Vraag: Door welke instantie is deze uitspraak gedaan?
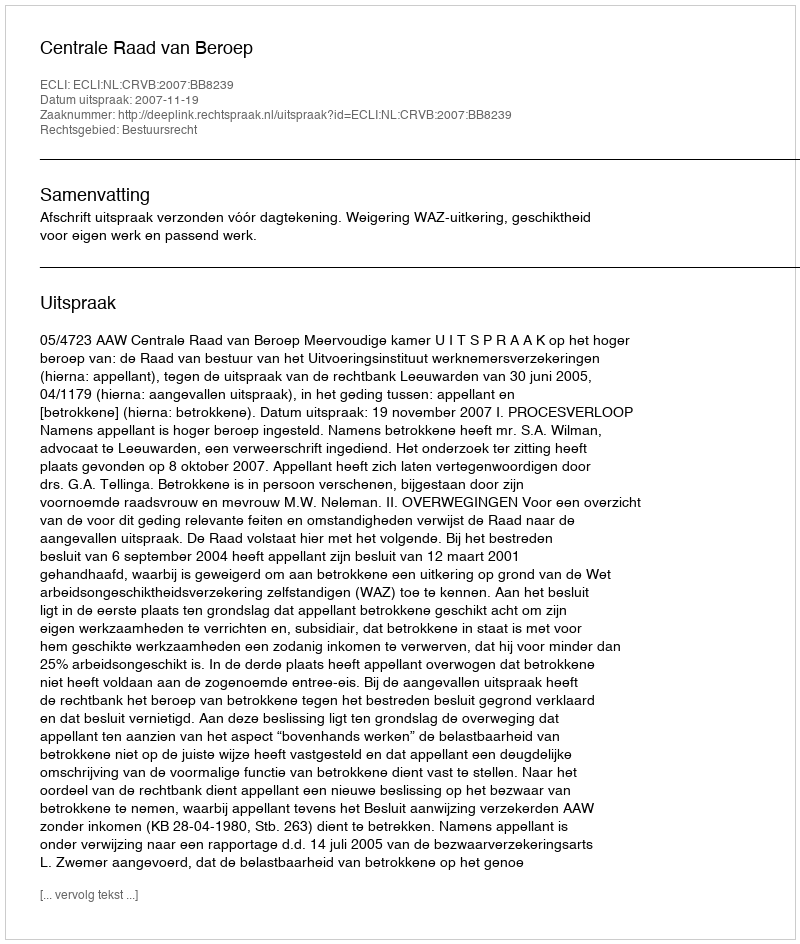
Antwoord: Centrale Raad van Beroep